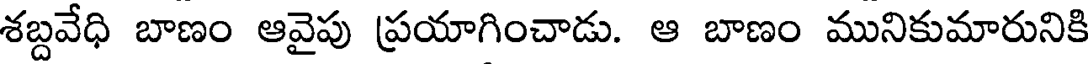
శబ్దవేధి బాణం ఆవైపు ప్రయాగించాడు. ఆ బాణం మునికుమారునికి